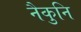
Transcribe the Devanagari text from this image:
नैकुनि